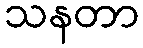
သနတာ